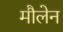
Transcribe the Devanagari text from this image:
मौलेन